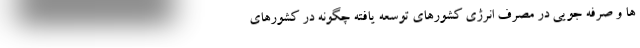
ها و صرفه جویی در مصرف انرژی کشورهای توسعه یافته چگونه در کشورهای